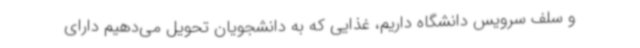
و سلف سرویس دانشگاه داریم، غذایی که به دانشجویان تحویل می‌دهیم دارای